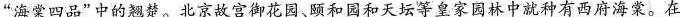
“海棠四品”中的翘楚。北京故宫御花园、颐和园和天坛等皇家园林中就种有西府海棠。在